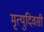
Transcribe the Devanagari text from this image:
मृत्युदिवसी